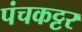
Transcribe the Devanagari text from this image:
पंचकट्टर